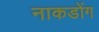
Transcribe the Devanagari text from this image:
नाकडोंग